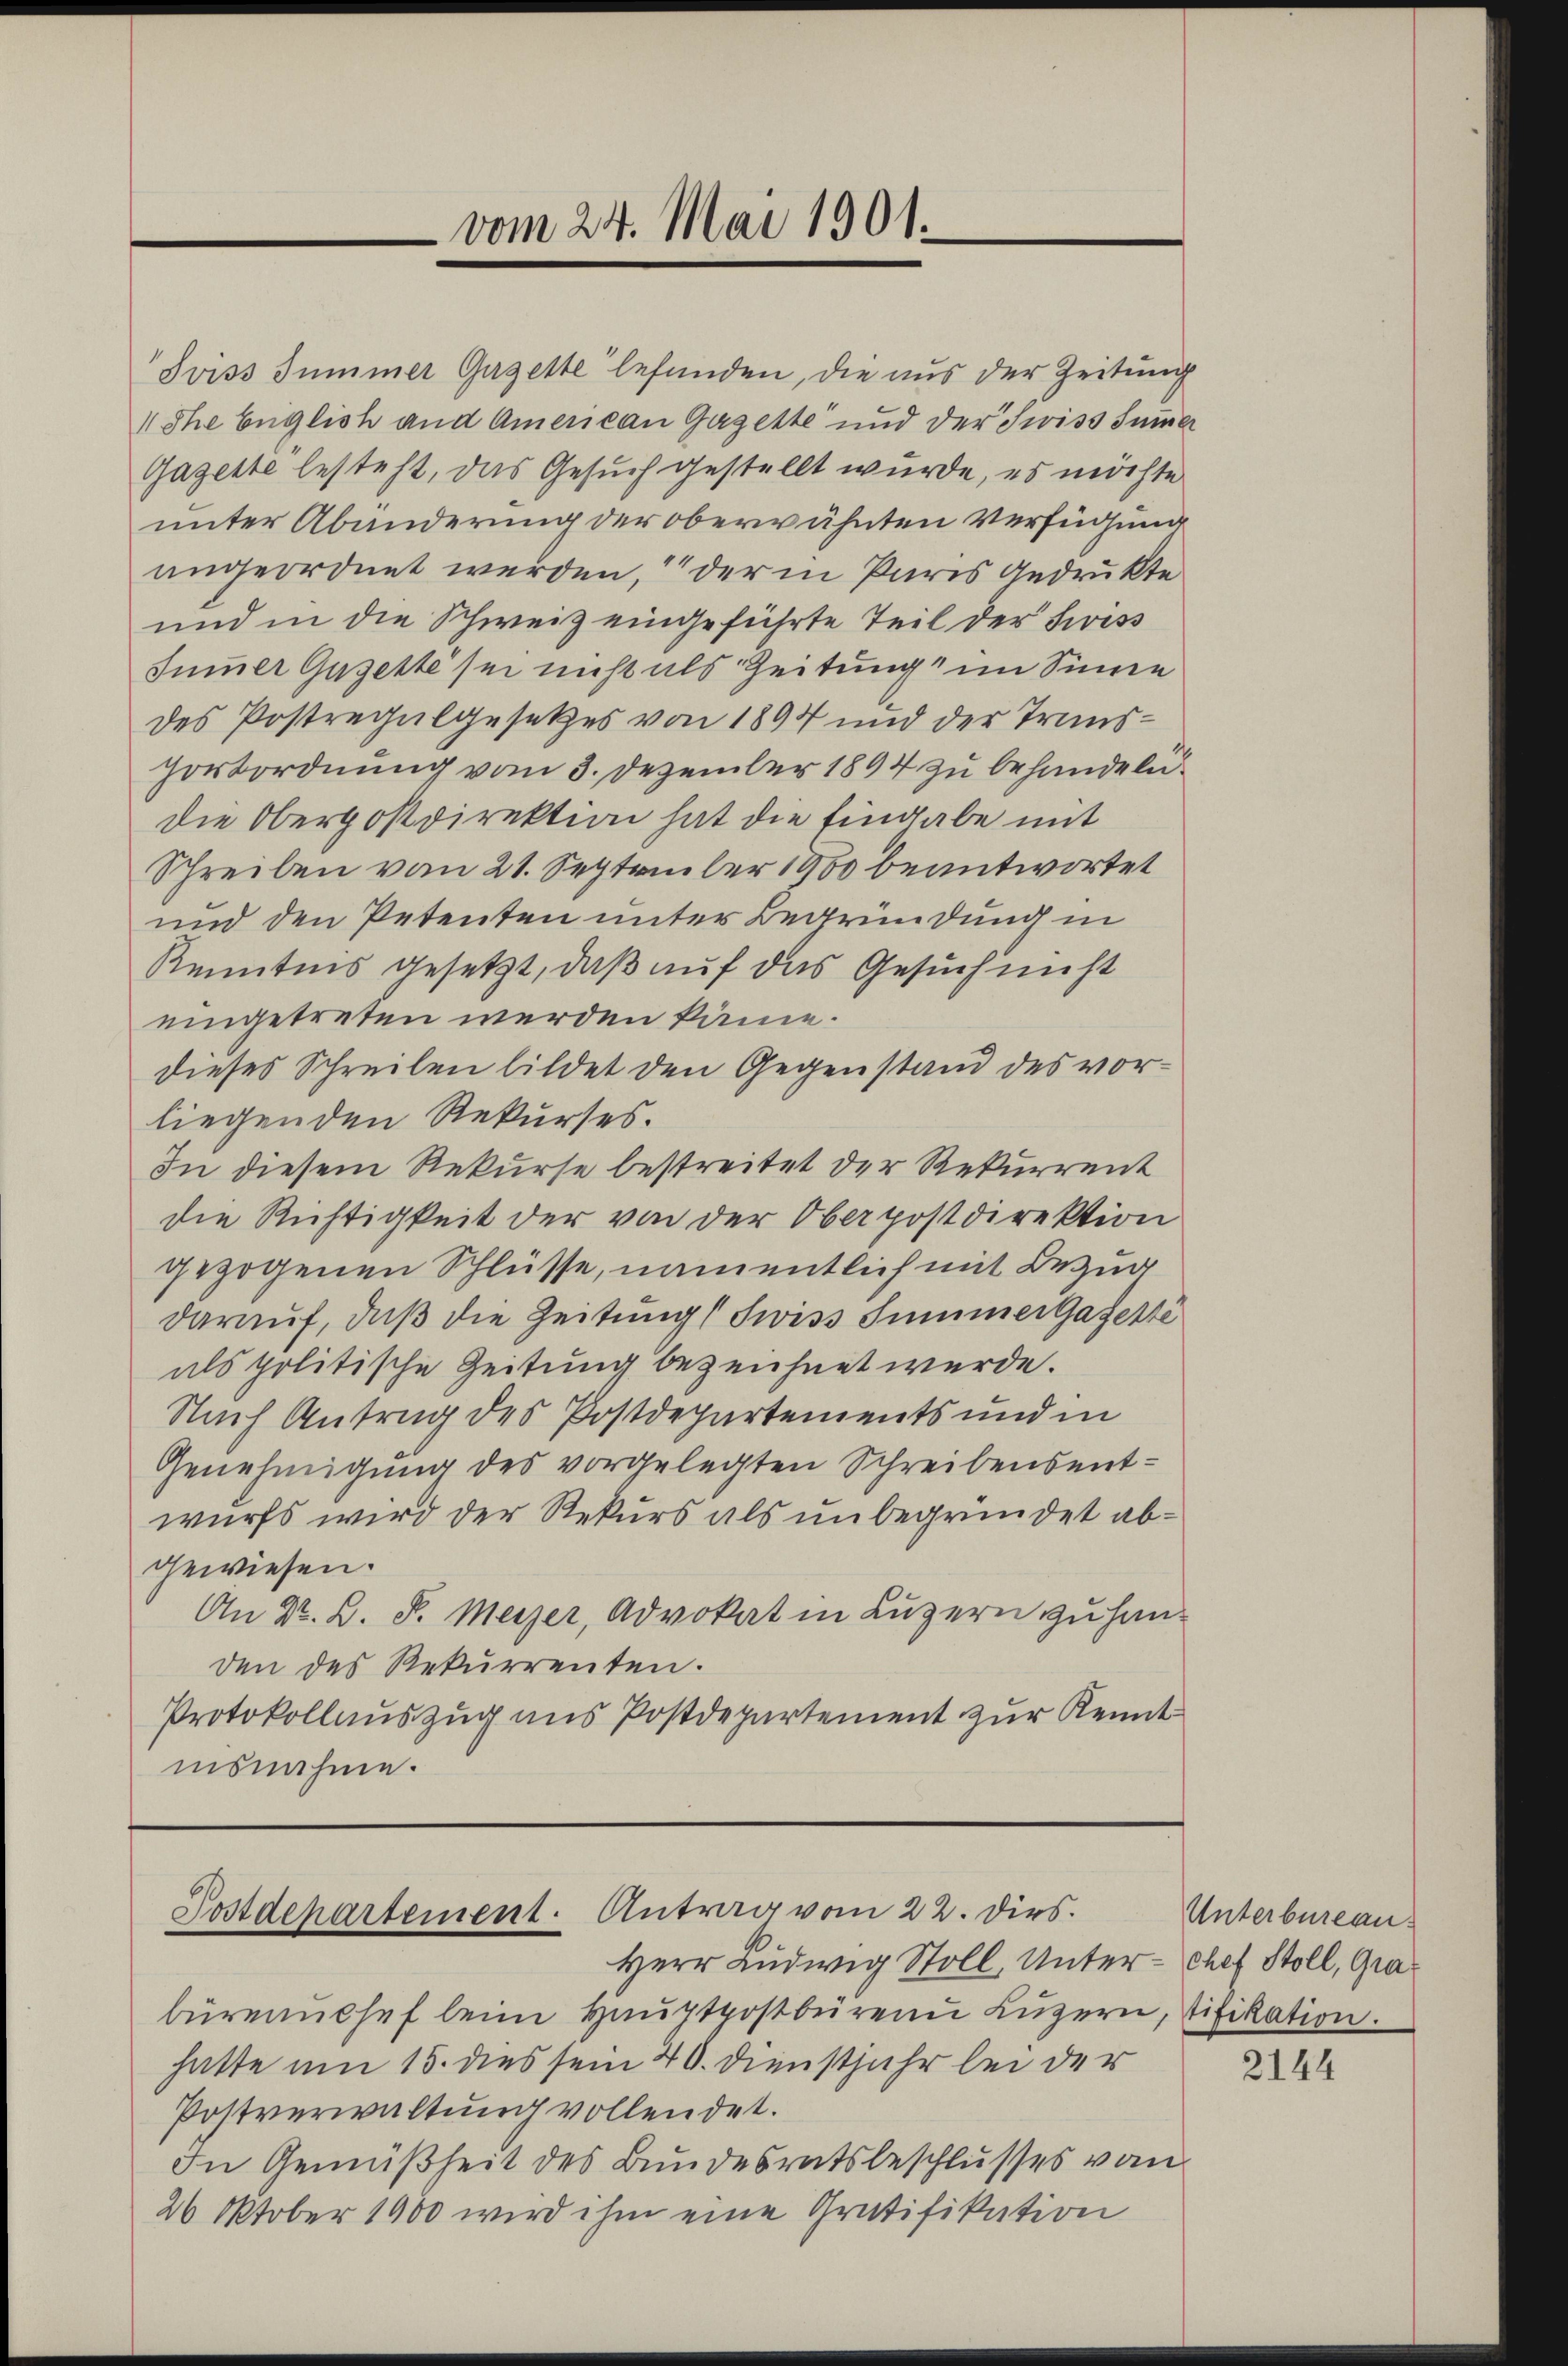
vom 24. Mai 1901.

Sviss Summer Gazette befunden, die aus der Zeitung
 Ihe Englisch und American Gazette und der Swiss Summer
Gazette besteht, das Gesuch gestellt wurde, es möchte
unter Abänderung der oberwähnten Verfügung
angeordnet werden, der in Paris gedrukte
und in die Schweiz eingeführte Teil der Swiss
Summer Gazette sei nicht als Zeitung im Sinne
des Postregalgesetzes von 1894 und der Transportordnung vom 3. Dezember 1894 zu behandeln.
die Oberpostdirektion hat die Eingabe mit
Schreiben vom 21. September 1900 beantwortet
und den Petenten unter Begründung in
Kenntnis gesetzt, daß auf das Gesuch nicht
eingetreten werden käme.
dieses Schreiben bildet den Gegenstand des vorliegenden Rekurses.
In diesem Rekurse bestreitet der Rekurrent
die Richtigkeit der von der Oberpostdirektion
gezogenen Schlüsse, namentlich mit Bezug
darauf, daβ die Zeitung (Swiss Summer Gaferti
als politische Zeitung bezeichnet werde.
Nach Antrag des Postdepartements und in
Genehmigung des vorgelegten Schreibensentwurfs wird der Rekurs als unbegründet abgewiesen.
An Dr. B. P. Meier, Advokat in Luzern zu handen des Rekurrenten.
Protokollauszug aus Postdepartement zur Kennt
isnahme.

Postdepartement. Antrag vom 22. Dirs.
Herr Ludwig Stoll, Unter-Chef Stoll, Gra¬

büreaŭssef beim Haŭptpostbüren Lŭzern, stifikation.
hatte am 15. dies sein 40. Dienstjahr bei der
Postverwaltung vollendet.
In Gemäßheit des Bundesratsbeschlusses vom
26 Oktober 1900 wird ihm eine Gratifikation

Unterbureau¬

2144